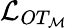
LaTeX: \mathcal{L}_{OT_{\mathcal{M}}}